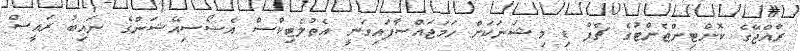
ރާއްޖޭގެ ކޮންޓިންޖެންޓުގެ ޗެފް ޑި މިޝަނަކަށް ހަމަޖައްސާފައިވަނީ އެތުލެޓިކްސް އެސޯސިއޭޝަންގެ ނައިބު ރައީސް